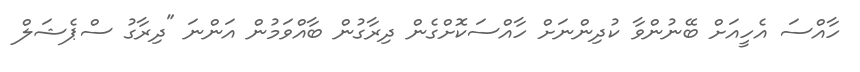
ހާއްސަ އެހީއަށް ބޭނުންވާ ކުދިންނަށް ހާއްސަކޮށްގެން ދިރާގުން ބާއްވަމުން އަންނަ "ދިރާގު ސްޕެޝަލް